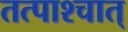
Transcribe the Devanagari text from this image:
तत्पाश्चात्